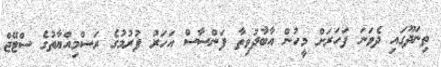
ތިނަދޫގައި ދެވަނަ ފަހަރަށް މީހުން އާބާދުވިތާ ފަންސާސް އަހަރު ފުރުމުގެ ރަސްމިއްޔާތުގެ ސްޓޭޖް